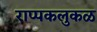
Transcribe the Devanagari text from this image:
राप्पकलुकळ